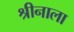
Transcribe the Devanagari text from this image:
श्रीनाला